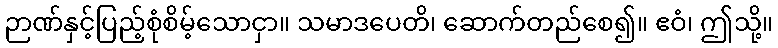
ဉာဏ်နှင့်ပြည့်စုံစိမ့်သောငှာ။ သမာဒပေတိ၊ ဆောက်တည်စေ၍။ ဧဝံ၊ ဤသို့။